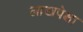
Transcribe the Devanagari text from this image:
लाखपेक्षा